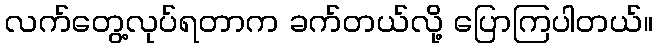
လက်တွေ့လုပ်ရတာက ခက်တယ်လို့ ပြောကြပါတယ်။